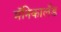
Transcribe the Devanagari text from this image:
मॅनिकालँड